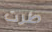
طرت